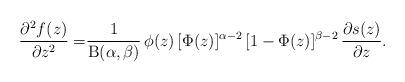
LaTeX: \begin{align*}\frac{\partial^2 f(z)}{\partial z^2}=&\frac{1}{\mathrm{B}(\alpha,\beta)}\,\phi(z)\,[\Phi(z)]^{\alpha-2}\,[1-\Phi(z)]^{\beta-2}\,\frac{\partial s(z)}{\partial z}.\end{align*}